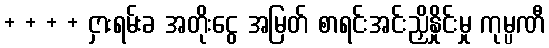
+ + + + ငှားရမ်းခ အတိုးငွေ အမြတ် စာရင်းအင်းညှိနှိုင်းမှု ကုမ္ပဏီ